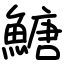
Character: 𩹶